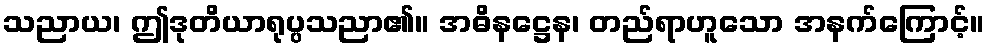
သညာယ၊ ဤဒုတိယာရုပ္ပသညာ၏။ အဓိနဋ္ဌေန၊ တည်ရာဟူသော အနက်ကြောင့်။